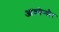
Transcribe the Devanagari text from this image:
आंत्रप्रेन्यौर